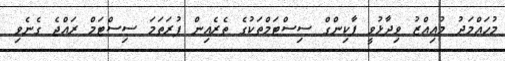
މުހައްމަދު މުއިއްޒު ވިދާޅުވީ ޕާކިންގް ސިސްޓަމްތަކުގެ ތެރެއިން ފުރަތަމަ ސިސްޓަމް ރައްޖެ ގެނެވި